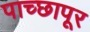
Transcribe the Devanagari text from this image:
पाच्छापूर